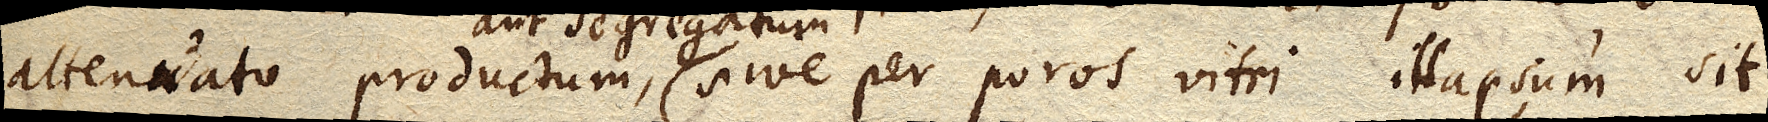
attenuato productum aut segregatum, sive per poros vitri illapsum sit.